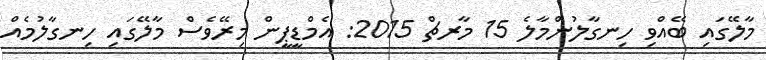
މާލޭގައި ބޭއްވި ހިނގާލުންމާލެ 15 މާރޗް 2015: އެމްޑީޕީން މިރޭވެސް މާލޭގައި ހިނގާލުމެއް